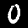
Digit: 0